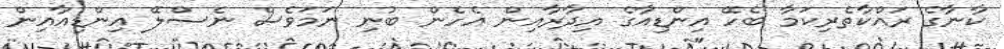
ކާނާގެ ރައްކާތެރިކަމާ ބެހޭ އިންޑިއާގެ އިދާރާއިން އެހެން ބުނި ނަމަވެސް ނެސްލޭ އިންޑިއާއިން